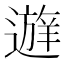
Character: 𰻔